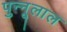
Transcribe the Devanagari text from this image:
पुन्नूलाल